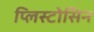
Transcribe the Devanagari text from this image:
प्लिस्टोसिन